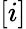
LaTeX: [i]